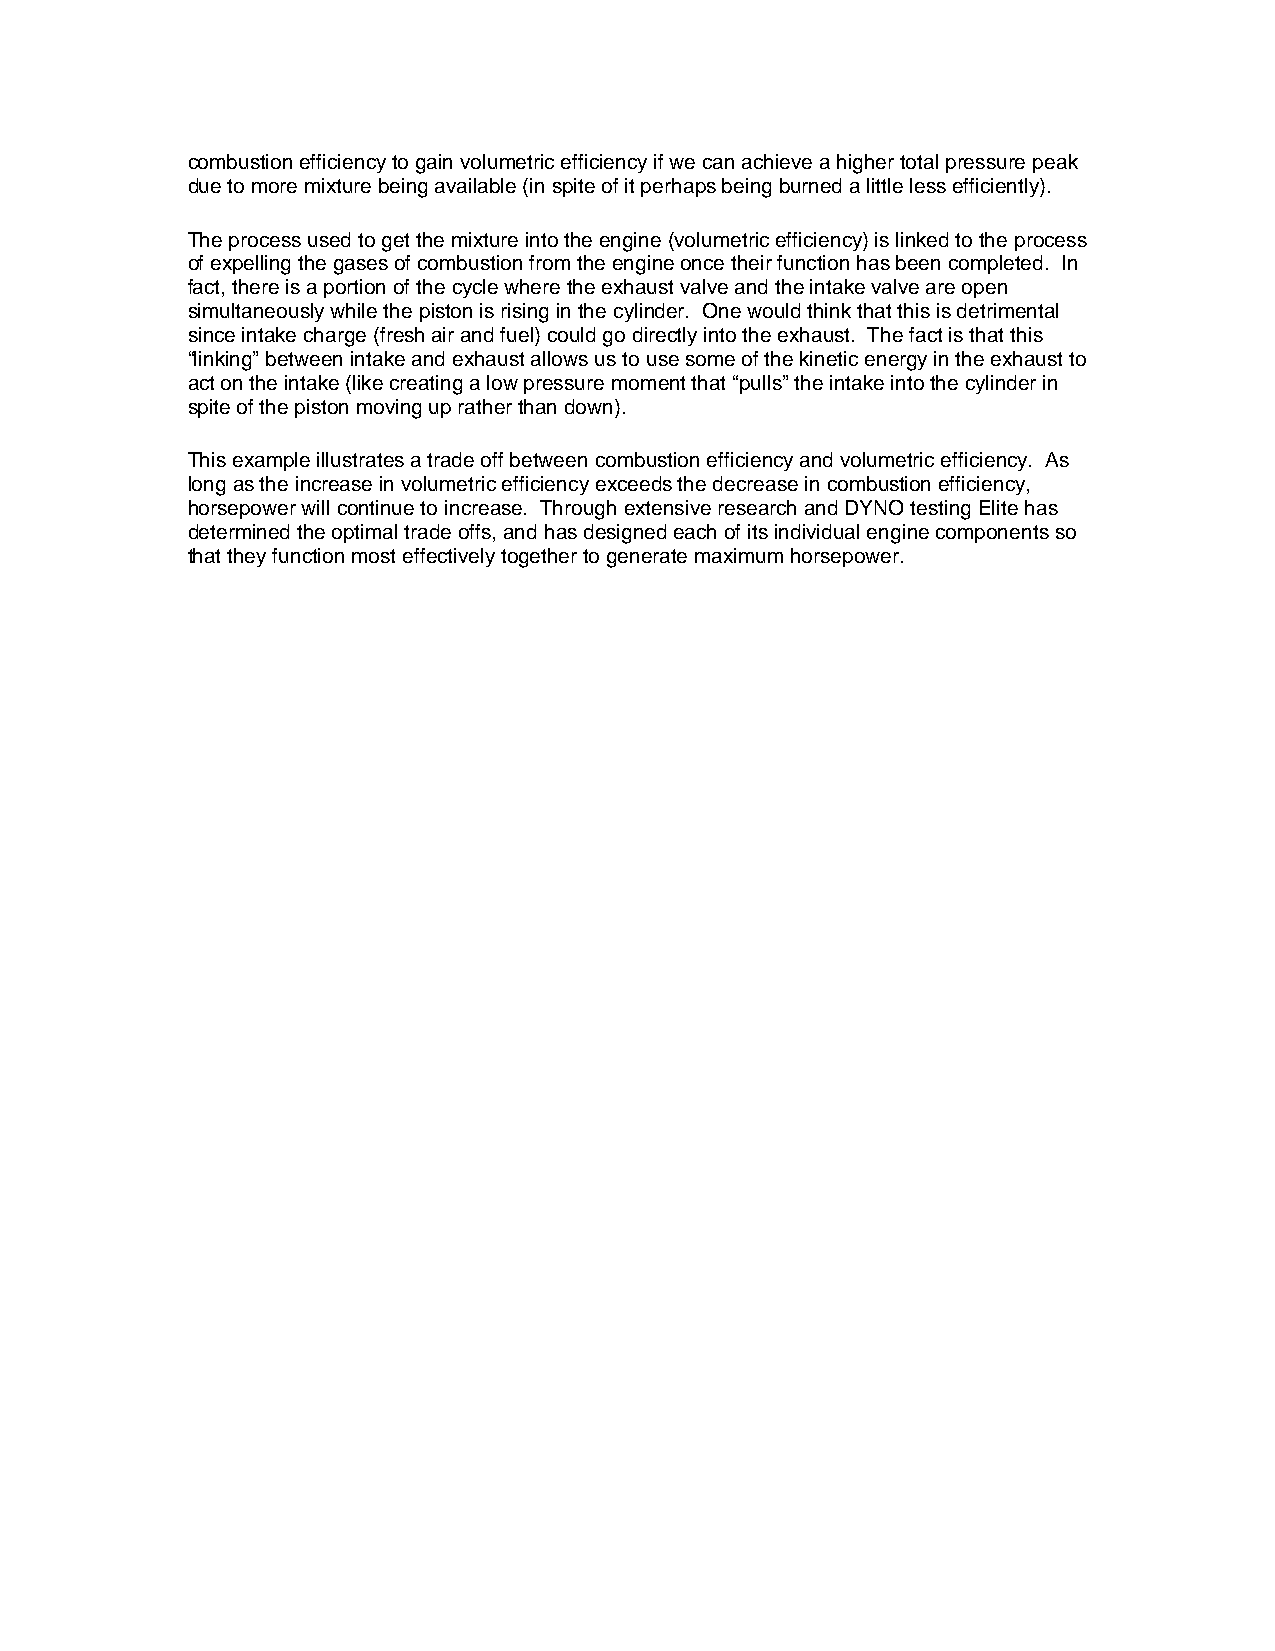
combustion efficiency to gain volumetric efficiency if we can achieve a higher total pressure peak
 due to more mixture being available (in spite of it perhaps being burned a little less efficiently).
 The process used to get the mixture into the engine (volumetric efficiency) is linked to the process
 of expelling the gases of combustion from the engine once their function has been completed. In
 fact, there is a portion of the cycle where the exhaust valve and the intake valve are open
 simultaneously while the piston is rising in the cylinder. One would think that this is detrimental
 since intake charge (fresh air and fuel) could go directly into the exhaust. The fact is that this
 “linking” between intake and exhaust allows us to use some of the kinetic energy in the exhaust to
 act on the intake (like creating a low pressure moment that “pulls” the intake into the cylinder in
 spite of the piston moving up rather than down).
 This example illustrates a trade off between combustion efficiency and volumetric efficiency. As
 long as the increase in volumetric efficiency exceeds the decrease in combustion efficiency,
 horsepower will continue to increase. Through extensive research and DYNO testing Elite has
 determined the optimal trade offs, and has designed each of its individual engine components so
 that they function most effectively together to generate maximum horsepower.